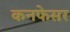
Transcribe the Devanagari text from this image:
कनफेसर